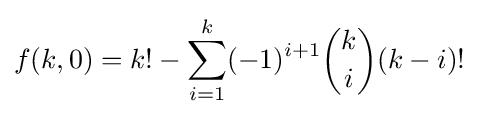
f(k,0)=k!-\sum _{i=1}^{k}(-1)^{i+1}{k \choose i}(k-i)!